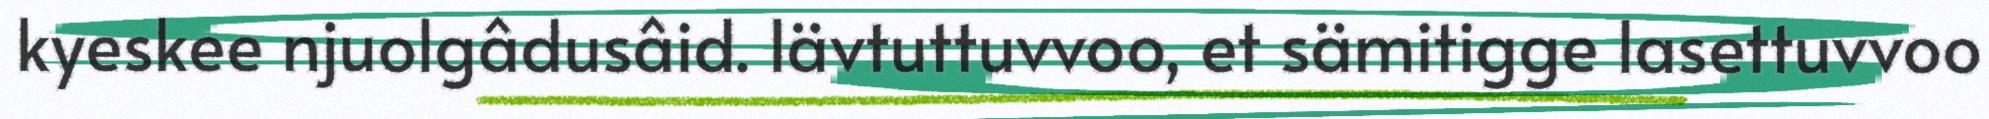
kyeskee njuolgâdusâid. Iävtuttuvvoo, et sämitigge lasettuvvoo